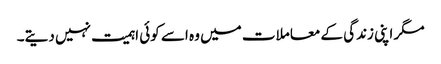
مگر اپنی زندگی کے معاملات میں وہ اسے کوئی اہمیت نہیں دیتے۔